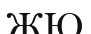
ЖЮ